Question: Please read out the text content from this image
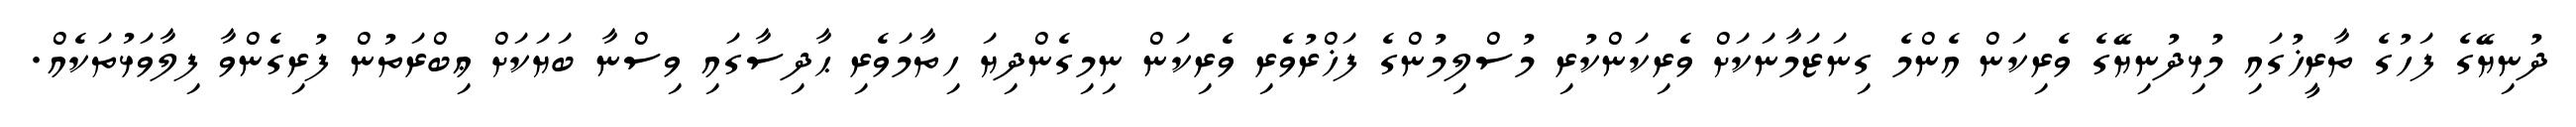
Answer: ދުނިޔޭގެ ފަހުގެ ތާރީޚުގައި މުޅިދުނިޔޭގެ ވެރިކަން އެންމެ ގިނަޒަމާނަކަށް ވެރިކަންކުރި މުސްލިމުންގެ ފަޚްރުވެރި ވެރިކަން ނިމިގެންދިޔަ ހިތާމަވެރި ޙާދިސާގައި ވިސްނާ ބަޔަކަށް ޢިބްރަތުން ފުރިގެންވާ ފިލާވަޅުތަކެއް.